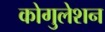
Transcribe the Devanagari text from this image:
कोगुलेशन